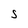
Character: S